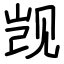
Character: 觊